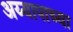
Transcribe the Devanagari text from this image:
अय्यापाच्या